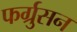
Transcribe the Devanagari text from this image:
फर्ग्रुसन